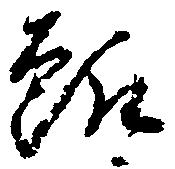
趣